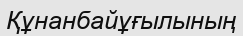
Құнанбайұғылының